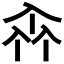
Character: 𠓪